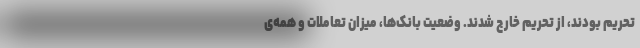
تحریم بودند، از تحریم خارج شدند. وضعیت بانک‌ها، میزان تعاملات و همه‌ی